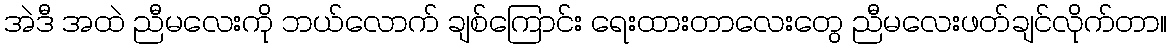
အဲဒီ အထဲ ညီမလေးကို ဘယ်လောက် ချစ်ကြောင်း ရေးထားတာလေးတွေ ညီမလေးဖတ်ချင်လိုက်တာ။